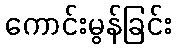
ကောင်းမွန်ခြင်း